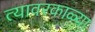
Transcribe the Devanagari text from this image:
त्यावरकाळ्या